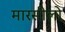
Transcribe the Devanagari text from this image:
मारसीलो